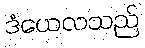
ဒံယေလသည်